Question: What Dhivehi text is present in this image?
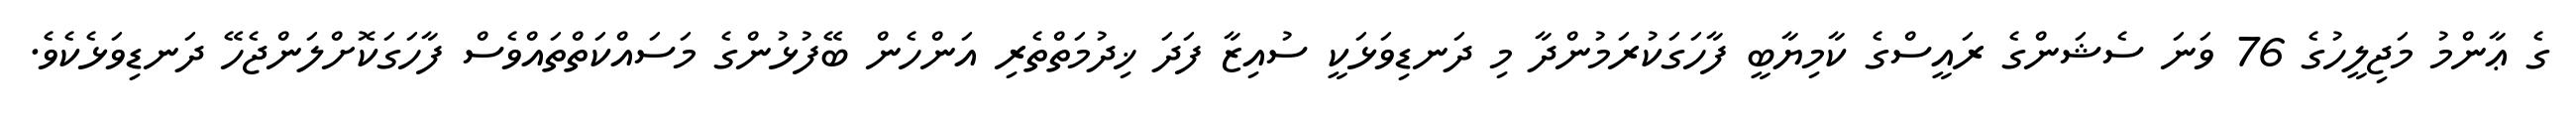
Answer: ގެ ޢާންމު މަޖިލީހުގެ 76 ވަނަ ސެޝަންގެ ރައީސްގެ ކާމިޔާބީ ފާހަގަކުރަމުންދާ މި ދަނޑިވަޅަކީ ސުއިޒާ ފަދަ ޚިދުމަތްތެރި އަންހެން ބޭފުޅުންގެ މަސައްކަތްތައްވެސް ފާހަގަކޮށްލަންޖެހޭ ދަނޑިވަޅެކެވެ.